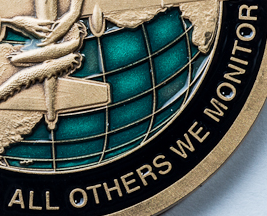
ALL OTHERS WE MONITOR